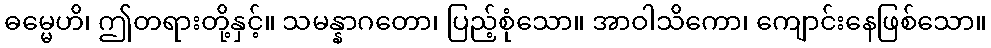
ဓမ္မေဟိ၊ ဤတရားတို့နှင့်။ သမန္နာဂတော၊ ပြည့်စုံသော။ အာဝါသိကော၊ ကျောင်းနေဖြစ်သော။